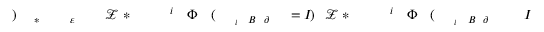
I \! \! \! \! \! \! \! \! \! \! \! \! _ { \! \! \! \! \! \! \! \! \! \! \! \! \partial \! \! \! \! \! \! \! \! \! \! \! \! B \! \! \! \! \! \! \! \! \! \! \! \! _ { i } } \! \! \! \! \! \! \! \! \! \! \! \! ( \! \! \! \! \! \! \! \! \! \! \! \! \Phi \! \! \! \! \! \! \! \! \! \! \! \! ^ { i } \! \! \! \! \! \! \! \! \! \! \! \! _ { \! } \! \! \! \! \! \! \! \! \! \! \! * \! \! \! \! \! \! \! \! \! \! \! \! \ensuremath { \mathcal { Z } } \! \! \! \! \! \! \! \! \! \! \! \! ) \! \! \! \! \! \! \! \! \! \! \! \! = I \! \! \! \! \! \! \! \! \! \! \! \! _ { \! \! \! \! \! \! \! \! \! \! \! \! \partial \! \! \! \! \! \! \! \! \! \! \! \! B \! \! \! \! \! \! \! \! \! \! \! \! _ { i } } \! \! \! \! \! \! \! \! \! \! \! \! ( \! \! \! \! \! \! \! \! \! \! \! \! \Phi \! \! \! \! \! \! \! \! \! \! \! \! ^ { i } \! \! \! \! \! \! \! \! \! \! \! \! _ { \! } \! \! \! \! \! \! \! \! \! \! \! * \! \! \! \! \! \! \! \! \! \! \! \! \ensuremath { \mathcal { Z } } \! \! \! \! \! \! \! \! \! \! \! \! _ { \! \! \! \! \! \! \! \! \! \! \! \! \varepsilon \! \! \! \! \! \! \! \! \! \! \! \! ^ { \! } \! \! \! \! \! \! \! \! \! \! \! * } \! \! \! \! \! \! \! \! \! \! \! \! ) \! \! \! \! \! \! \! \! \! \! \!